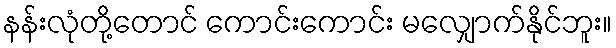
နန်းလုံတို့တောင် ကောင်းကောင်း မလျှောက်နိုင်ဘူး။